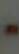
-